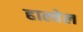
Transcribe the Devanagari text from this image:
हाल्वेल